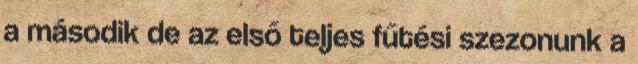
a második de az első teljes fűtési szezonunk a